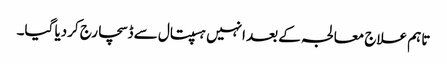
تاہم علاج معالجہ کے بعد انہیں ہسپتال سے ڈسچارج کردیا گیا۔